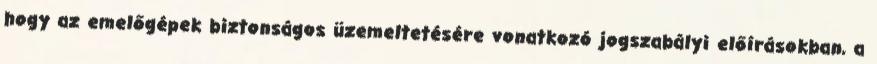
hogy az emelőgépek biztonságos üzemeltetésére vonatkozó jogszabályi előírásokban, a